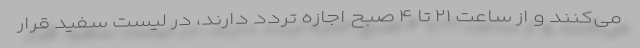
می‌کنند و از ساعت ۲۱ تا ۴ صبح اجازه تردد دارند، در لیست سفید قرار